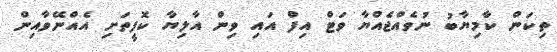
ތިކަން ކާމިޔާބު ނުވެއްޖެއްޔާ ވަޓް އިފް އައި ވިން އާލިޔާ ކޮފީތަށި އެއްނޭވާއިން